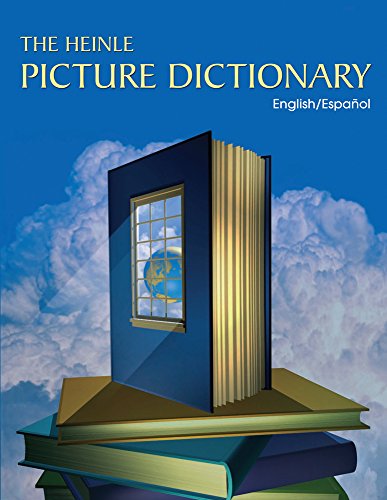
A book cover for The Heinle Picture Dictionary: English/Spanish Edition; National Geographic Learning; Reference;